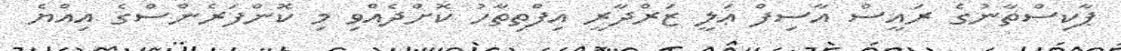
ޕާކިސްތާނުގެ ރައީސް އާސިފް ޢަލީ ޒަރްދާރީ އިފްތިތާހު ކޮށްދެއްވި މި ކޮންފަރެންސްގެ އިއްޔެ